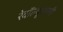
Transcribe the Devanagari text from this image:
रेवॉल्यूशनरी